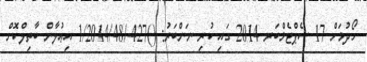
ހޯދުމަށް 17 ސެޕްޓެމްބަރ 2014 ގައި ކުރި ނަންބަރު: ()427-/1/2014/48 އިޢުލާން ބާތިލްކޮށް